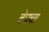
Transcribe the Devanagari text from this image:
बेपचा